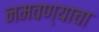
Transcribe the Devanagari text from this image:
नमवण्याचा